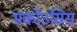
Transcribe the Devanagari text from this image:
मर्कोउसिस